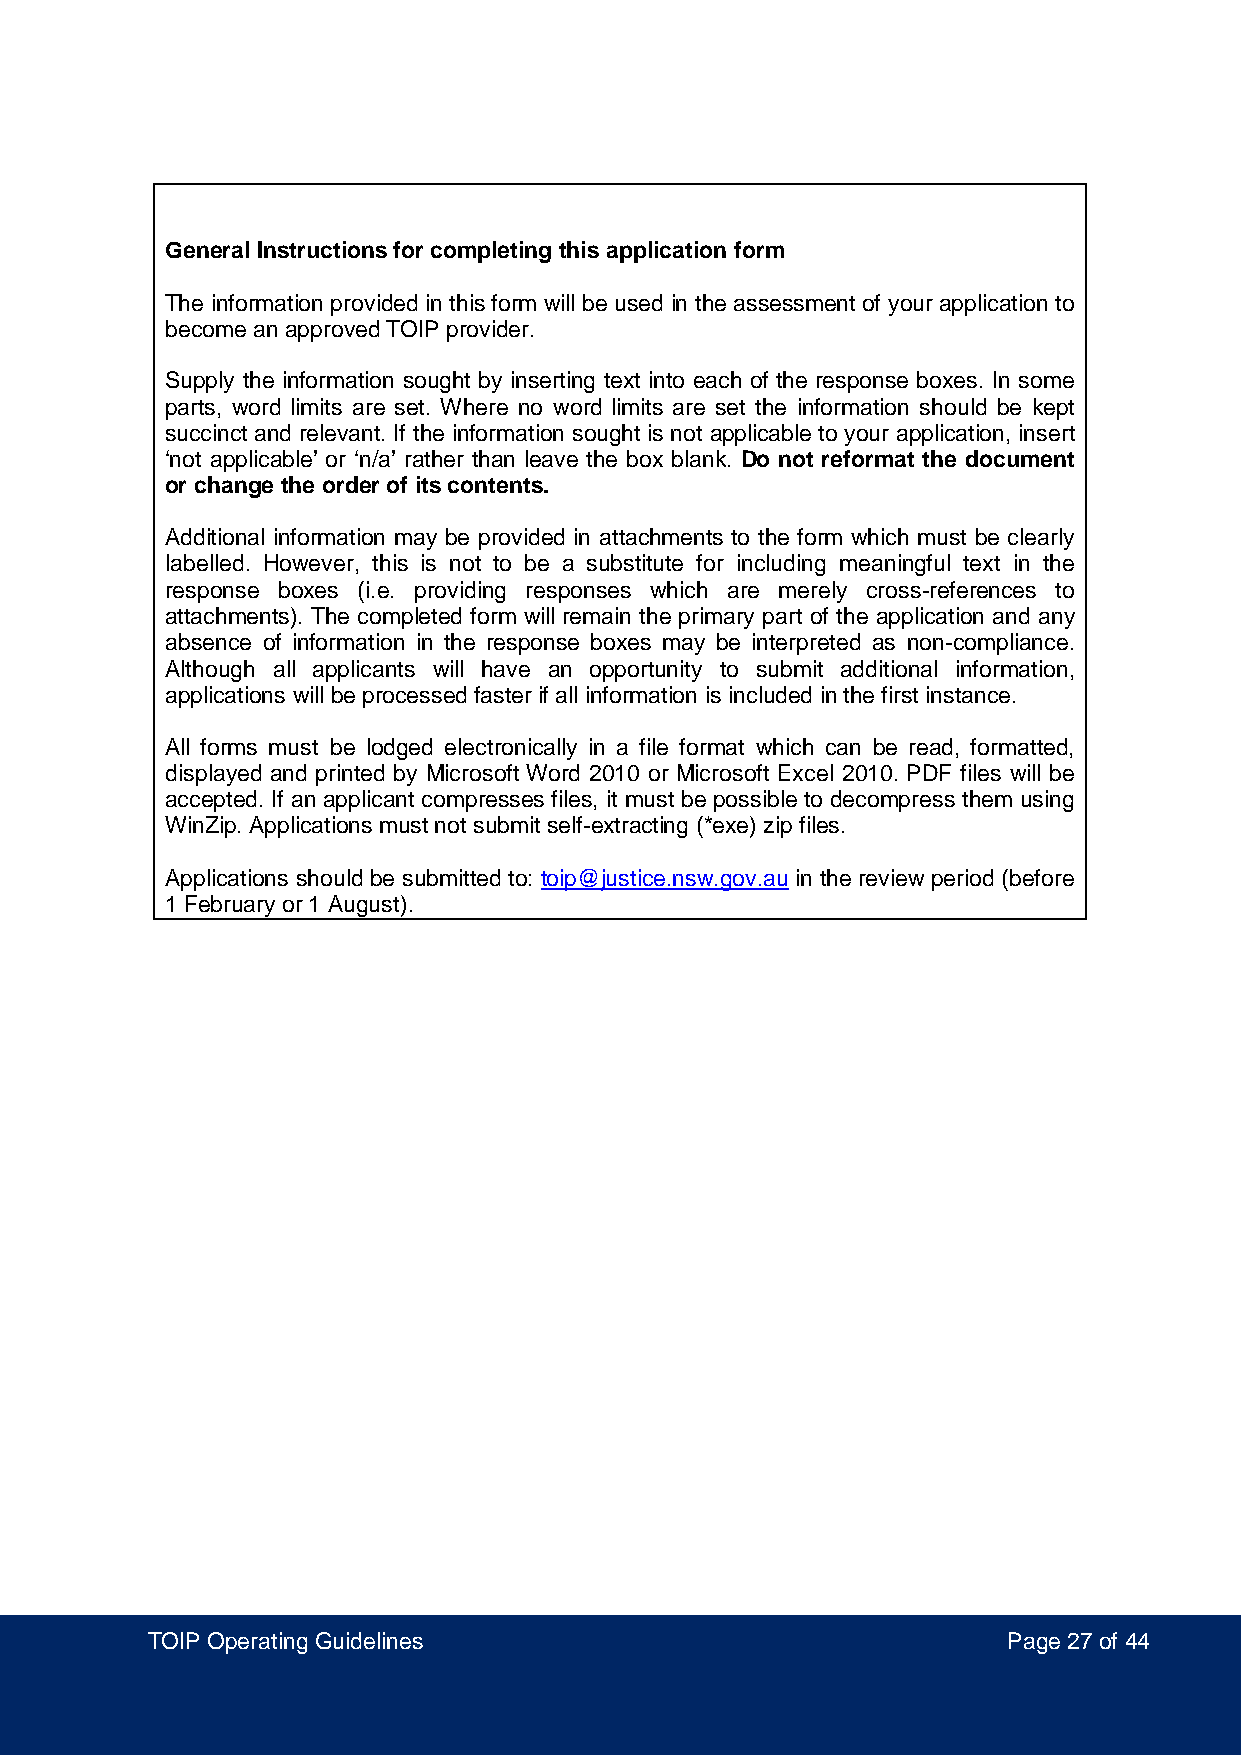
General Instructions for completing this application form
 The information provided in this form will be used in the assessment of your application to
 become an approved TOIP provider.
 Supply the information sought by inserting text into each of the response boxes. In some
 parts, word limits are set. Where no word limits are set the information should be kept
 succinct and relevant. If the information sought is not applicable to your application, insert
 ‘not applicable’ or ‘n/a’ rather than leave the box blank. Do not reformat the document
 or change the order of its contents.
 Additional information may be provided in attachments to the form which must be clearly
 labelled. However, this is not to be a substitute for including meaningful text in the
 response boxes (i.e. providing responses which are merely cross-references to
 attachments). The completed form will remain the primary part of the application and any
 absence of information in the response boxes may be interpreted as non-compliance.
 Although all applicants will have an opportunity to submit additional information,
 applications will be processed faster if all information is included in the first instance.
 All forms must be lodged electronically in a file format which can be read, formatted,
 displayed and printed by Microsoft Word 2010 or Microsoft Excel 2010. PDF files will be
 accepted. If an applicant compresses files, it must be possible to decompress them using
 WinZip. Applications must not submit self-extracting (*exe) zip files.
 Applications should be submitted to: toip@justice.nsw.gov.au in the review period (before
 1 February or 1 August).
 TOIP Operating Guidelines                                Page 27 of 44